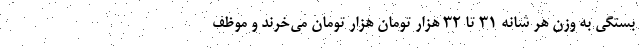
بستگی به وزن هر شانه ۳۱ تا ۳۲ هزار تومان هزار تومان می‌خرند و موظف